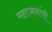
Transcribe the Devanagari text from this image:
महाजनांची